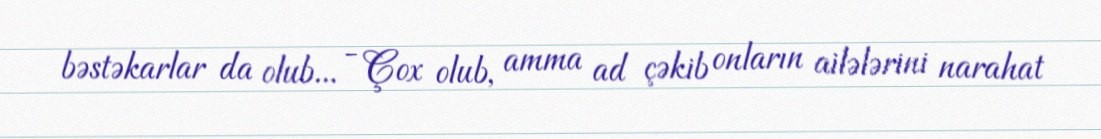
bəstəkarlar da olub... - Çox olub, amma ad çəkib onların ailələrini narahat